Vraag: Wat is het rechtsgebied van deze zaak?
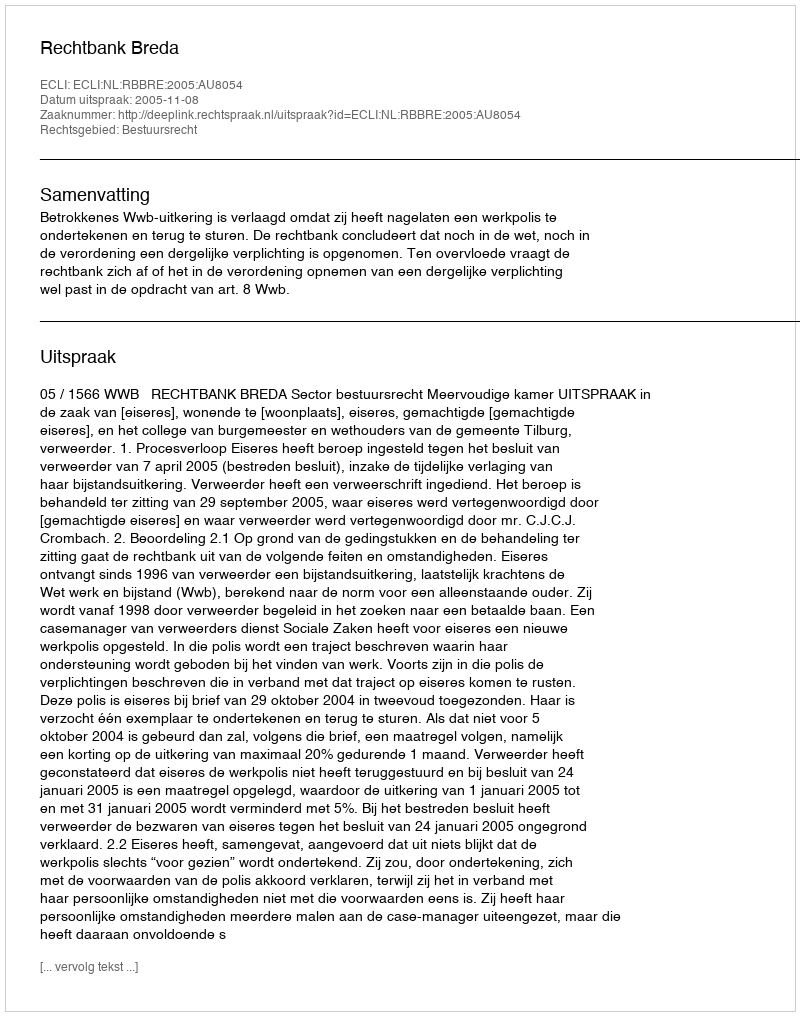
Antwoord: Bestuursrecht